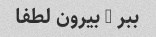
ببر - بیرون لطفا